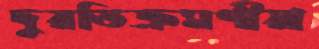
দুরতিক্রমণীয়া